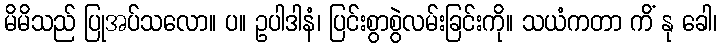
မိမိသည် ပြုအပ်သလော။ ပ။ ဥပါဒါနံ၊ ပြင်းစွာစွဲလမ်းခြင်းကို။ သယံကတာ ကိံ နု ခေါ၊